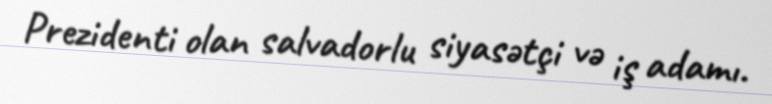
Prezidenti olan salvadorlu siyasətçi və iş adamı.